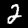
Digit: 2